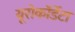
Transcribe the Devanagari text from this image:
यूरोकॉर्डेटा